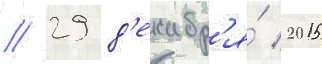
// 29 д'екабр'я́ 2015